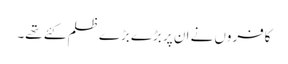
کافروں نے ان پر بڑے بڑے ظلم کئے تھے۔